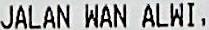
JALAN WAN ALWI,